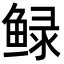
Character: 𮬠